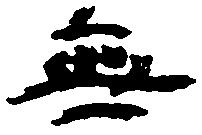
無